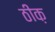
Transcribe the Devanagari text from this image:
ठीक़